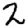
Digit: 2